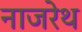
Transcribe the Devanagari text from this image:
नाजरेथ